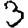
Digit: 3